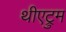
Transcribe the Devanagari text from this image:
थीएट्रुम